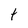
Character: t